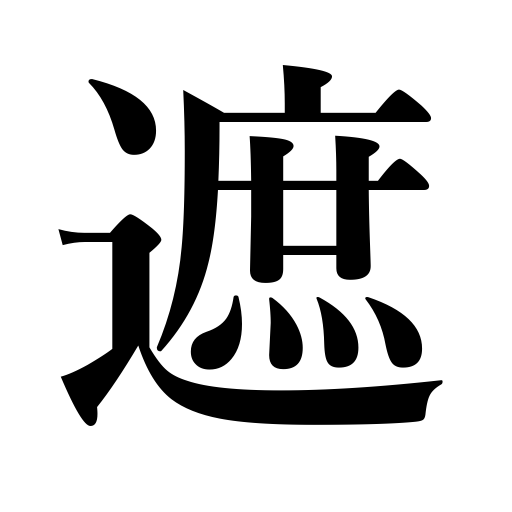
Meanings: intercept,interrupt,obstruct